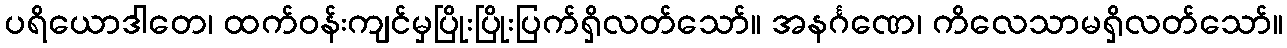
ပရိယောဒါတေ၊ ထက်ဝန်းကျင်မှပြိုးပြိုးပြက်ရှိလတ်သော်။ အနင်္ဂဏေ၊ ကိလေသာမရှိလတ်သော်။